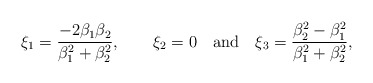
\begin{align*}\xi _1=\frac{-2\beta _1\beta _2}{\beta _1^2+\beta _2^2},\qquad \xi _2=0\quad\rm{and\quad }\xi _3=\frac{\beta _2^2-\beta _1^2}{\beta _1^2+\beta _2^2},\end{align*}